Indian journal of veterinary science and animal husbandry - Volumes 28-29, 1958-1959
Year: 1958
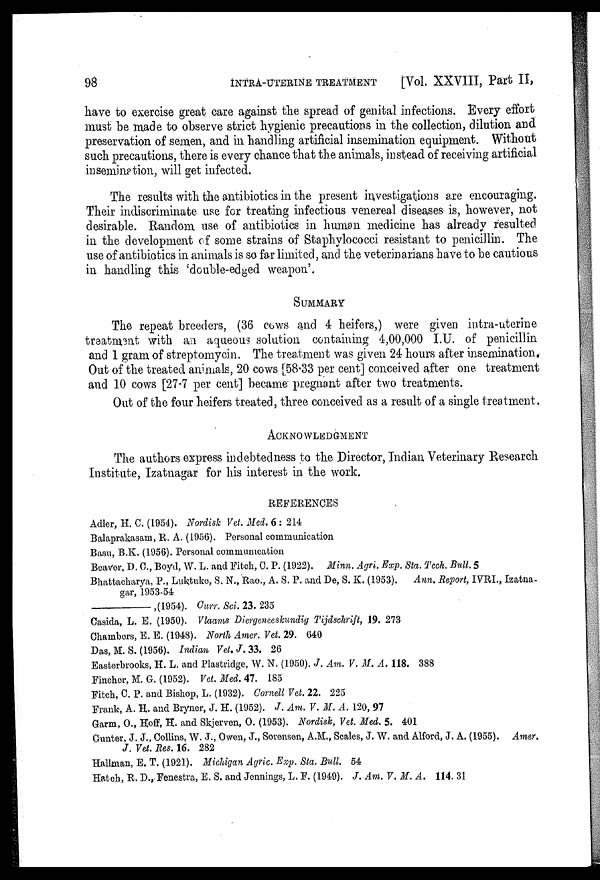
98
INTRA-UTERINE
TREATMENT
[Vol. XXVIII, Part II,
have to exercise great care against the spread of genital infections. Every effort
must be made to observe strict hygienic precautions in the collection, dilution and
preservation of semen, and in handling artificial insemination equipment. Without
such precautions, there is every chance that the animals, instead of receiving artificial
insemination, will get infected.
The results with the antibiotics in the present investigations are encouraging.
Their indiscriminate use for treating infectious venereal diseases is, however, not
desirable. Random use of antibiotics in human medicine has already resulted
in the development of some strains of Staphylococci resistant to penicillin. The
use of antibiotics in animals is so far limited, and the veterinarians have to be cautious
in handling this 'double-edged weapon'.
SUMMARY
The repeat breeders, (36 cows and 4 heifers,) were given intra-uterine
treatment with an aqueous solution containing 4,00,000 I.U. of penicillin
and 1 gram of streptomycin. The treatment was given 24 hours after insemination.
Out of the treated animals, 20 cows [58.33 per cent] conceived after one treatment
and 10 cows [27.7 per cent] became pregnant after two treatments.
Out of the four heifers treated, three conceived as a result of a single treatment.
ACKNOWLEDGMENT
The authors express indebtedness to the Director, Indian Veterinary Research
Institute, Izatnagar for his interest in the work.
REFERENCES
Adler, H. C. (1954). Nordisk Vet. Med. 6 : 214
Balaprakasam, R. A. (1956). Personal communication
Basu, B.K. (1956). Personal communication
Beaver, D. C., Boyd, W. L. and Fitch, C. P. (1922). Minn. Agri. Exp. Sta. Tech. Bull. 5
Bhattacharya, P., Luktuke, S. N., Rao., A. S. P. and De, S. K. (1953). Ann. Report, IVRI., Izatna-
gar, 1953-54
—,(1954).
Curr.
Sci. 23. 235
Casida, L. E. (1950). Vlaams Diergeneeskundig Tijdschrift, 19. 273
Chambers, E. E. (1948). North Amer. Vet. 29. 640
Das, M. S. (1956). Indian Vet. J. 33. 26
Easterbrooks, H. L. and Plastridge, W. N. (1950). J. Am. V. M. A. 118. 388
Fincher, M. G. (1952). Vet. Med. 47. 185
Fitch, C. P. and Bishop, L. (1932). Cornell Vet. 22. 225
Frank, A. H. and Bryner, J. H. (1952). J. Am. V. M. A. 120, 97
Garm, O., Hoff, H. and Skjerven, O. (1953). Nordisk, Vet. Med. 5. 401
Gunter, J. J., Collins, W. J., Owen, J., Sorensen, A.M., Scales, J. W. and Alford, J. A. (1955). Amer.
J. Vet. Res. 16. 282
Hallman, E. T. (1921). Michigan Agric. Exp. Sta. Bull. 54
Hatch, R. D., Fenestra, E. S. and Jennings, L. F. (1949). J. Am. V. M. A. 114. 31